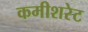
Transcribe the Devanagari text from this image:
कमीशरेट